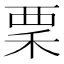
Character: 䅇